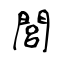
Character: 閭